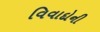
વિવાદોની